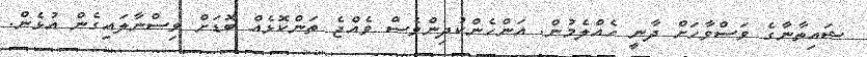
ޝައިތާނާގެ ވަސްވާހަށް ދާނީ ހެއްލެމުން. އަންހެންކުދިންވެސް ވެއްޖެ ތަންކޮޅެއް ބޮޑަށް ވިސްނާލައިގެން އުޅެން.